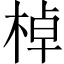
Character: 棹